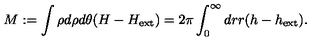
M : = \int \rho d \rho d \theta ( H - H _ { \mathrm { e x t } } ) = 2 \pi \int _ { 0 } ^ { \infty } d r r ( h - h _ { \mathrm { e x t } } ) .